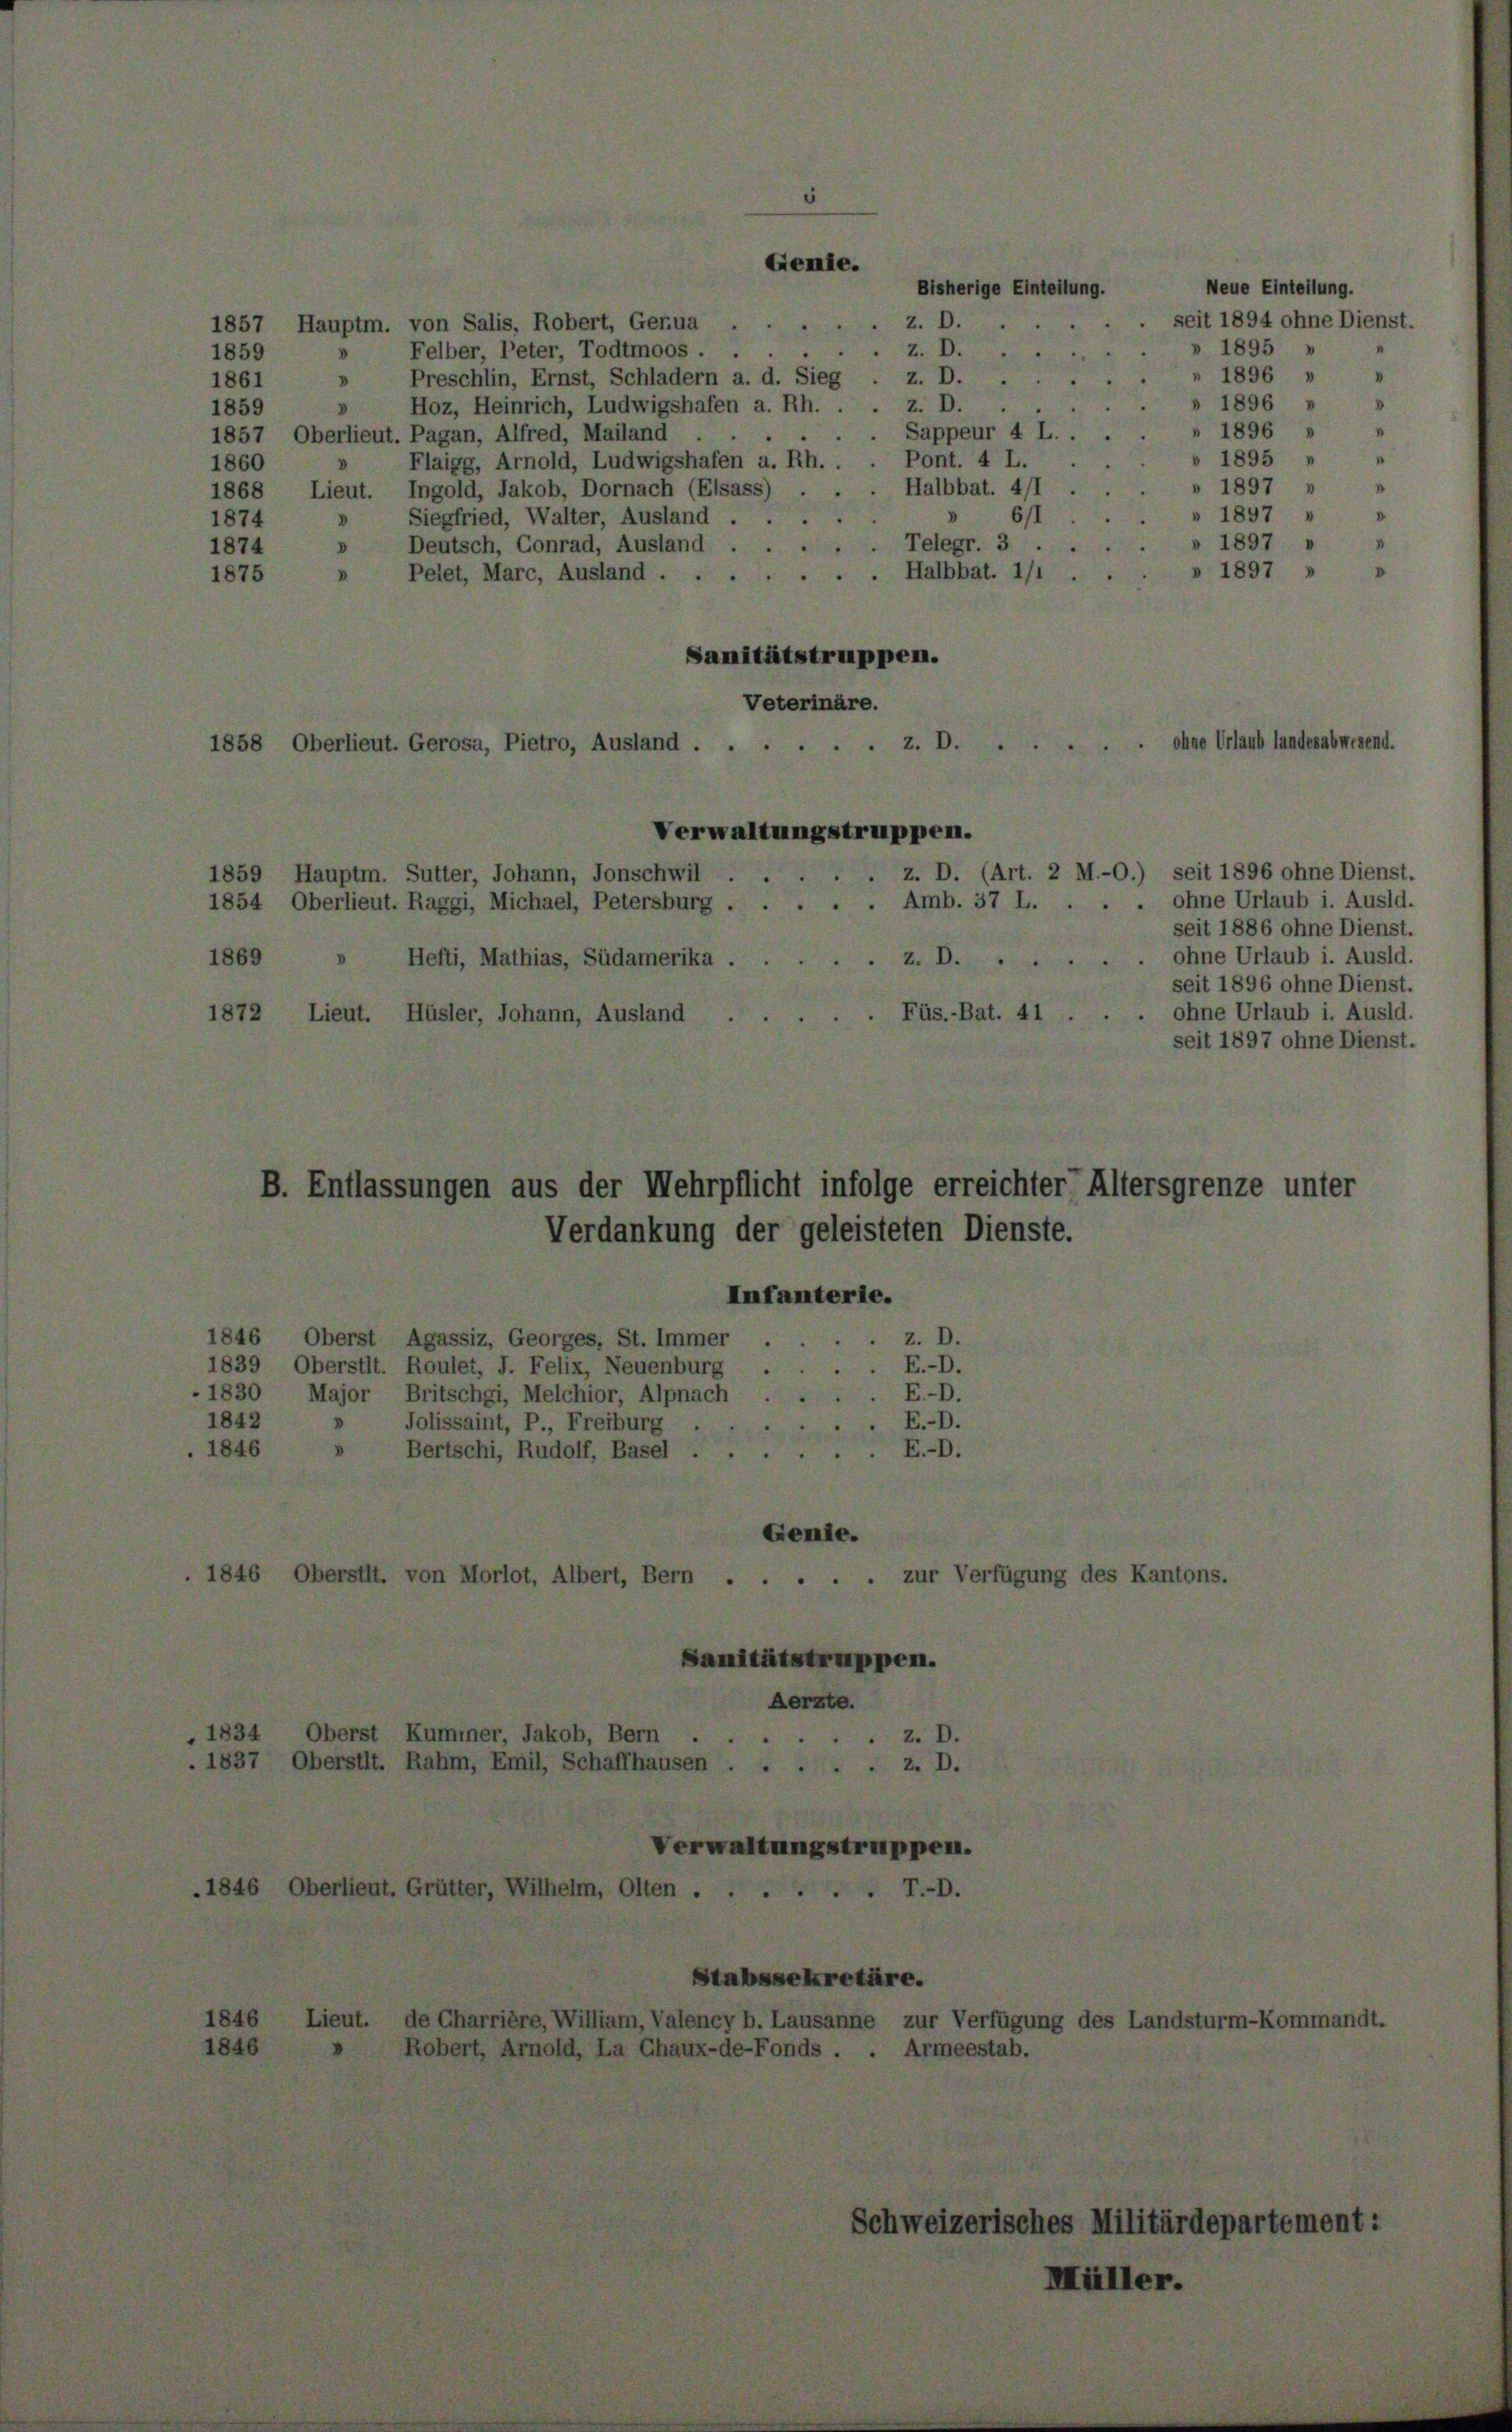
z. D.
1857, Hauptm. von Salis, Robert, Gerua
z. D.
3
Felber, l’eter, Todtmoos . ..
1859
z. D.
» Preschlin, Ernst, Schladern a. d. Sieg
1861
z. D.
Hoz, Heinrich, Ludwigshafen a. Rh.
1859
V
Sappeur 4 L.
1857, Oberlieut. Pagan, Alfred, Mailand
Flaigg, Arnold, Ludwigshafen a. Rh. . . Pont. 4 L.
1860
Halbbat. 4/1
1868, Lieut. Ingold, Jakob, Dornach (Elsass)
 6/1
Siegfried, Walter, Ausland .
1874
D
.. Telegr. 3
» Deutsch, Conrad, Ausland
1874
» Pelet, Marc, Ausland .......  Halbbat. 111.
1875
Sanitätstruppen.
Veterinäre.
1858 Oberlieut. Gerosa, Pietro, Ausland z.
Verwaltungstruppen.
1859 Hauptm. Sutter, Johann, Tonschwil.
1854 Oberlieut. Raggi, Michael, Petersburg . . .
1869 " Hefti, Mathias, Südamerika .
 z. B.
Füs.-Bat. 41
1872 Lieut. Hüsler, Johann, Ausland

Verdankung der geleisteten Dienste.
Infanterie.
1846 Oberst Agassiz, Georges, St. Immer
z. D.
E.-D.
1839, Oberstit. Roulet, J. Felix, Neuenburg
E.-D.
1830 Major Britschgi, Melchior, Alpnach
E.-D.
1842
Jolissaint, P., Freiburg
E.-D.
» Bertschi, Rudolf, Basel ...
.1846
Genie.
zur Verfügung des I
. 1846 Oberstl. von Morlot, Albert, Bern .
Sanitätstruppen.
Aerzte.
, 1834 Oberst Kummer, Jakob, Bern
z. D.

. 1837, Oberstit. Rahm, Emil, Schaffhausen z. D.
Verwaltungstruppen.
.1846 Oberlieut. Grütter, Wilhelm, Olten . .
T.D.
Stabssekretäre.
1846 Lieut. de Charrière, William, Valency b. Lausanne zur Verfügung des I
1846
Robert, Arnold, La Chaux-de-Fonds
 Armeestab.

B. Entlassungen aus der Mehrpflicht infolge erreichter, Altersg

Gemie.

Bisherige Einteilung.

z. D. (Art. 2 M.-O.) seit 1896 ohne Dienst.

ilitärdepa

Neue Einteilung.
seit 1894 ohne Dienst
» 1895
 1896 »
» 1896 » »
 1896
 1895 " "
" 1897
.
" 1897 " "
I
 1897 v

37

b

. Amb. 37 L. . . . ohne Urlaub i. Ausld.
seit 1886 ohne Dienst.
. ohne Urlaub i. Ausld.
seit 1896 ohne Dienst.
ohne Urlaub i. Ausld.
seit 1897 ohne Dienst.

e unter

en